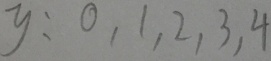
y : 0 , 1 , 2 , 3 , 4